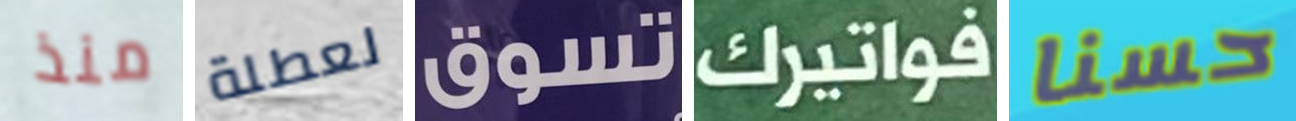
منذ لعطلة تسوق فواتيرك حسنا